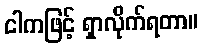
ငါကဖြင့် ရှာလိုက်ရတာ။